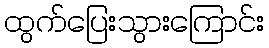
ထွက်ပြေးသွားကြောင်း